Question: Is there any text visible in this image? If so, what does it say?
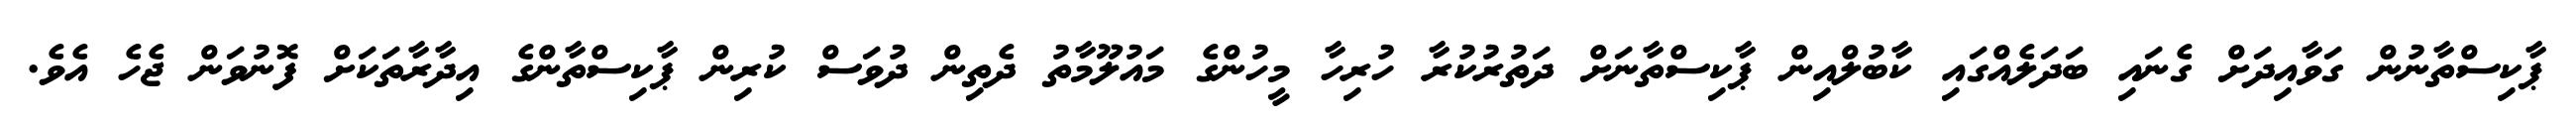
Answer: ޕާކިސްތާނުން ގަވާއިދަށް ގެނައި ބަދަލެއްގައި ކާބުލްއިން ޕާކިސްތާނަށް ދަތުރުކުރާ ހުރިހާ މީހުންގެ މައުލޫމާތު ދެތިން ދުވަސް ކުރިން ޕާކިސްތާންގެ އިދާރާތަކަށް ފޮނުވަން ޖެހެ އެވެ.